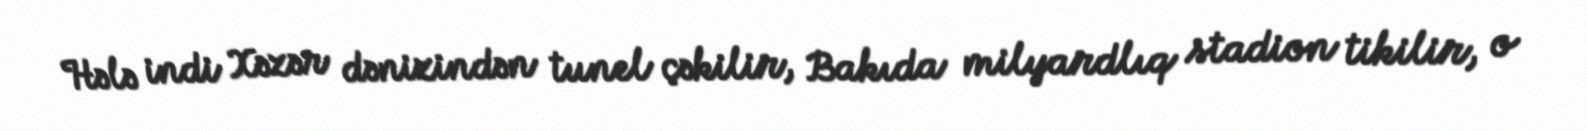
Hələ indi Xəzər dənizindən tunel çəkilir, Bakıda milyardlıq stadion tikilir, o